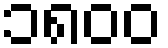
၁၈၀၀